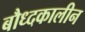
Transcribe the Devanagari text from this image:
बौध्दकालीन